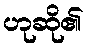
ဟုဆို၏